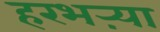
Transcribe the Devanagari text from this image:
हरभऱ्या